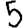
Digit: 5